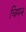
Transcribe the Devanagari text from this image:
चिमन